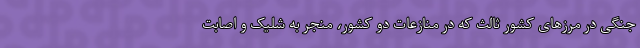
جنگی در مرزهای کشور ثالث که در منازعات دو کشور، منجر به شلیک و اصابت